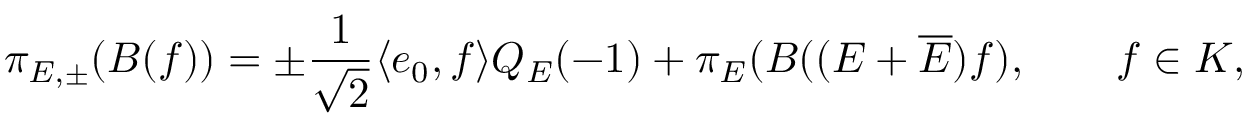
\pi _ { E , \pm } ( B ( f ) ) = \pm \frac { 1 } { \sqrt { 2 } } \langle e _ { 0 } , f \rangle Q _ { E } ( - 1 ) + \pi _ { E } ( B ( ( E + \overline { { { E } } } ) f ) , \qquad f \in { \cal K } ,